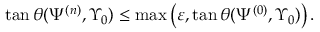
{ \tan \theta ( \Psi ^ { ( n ) } , \Upsilon _ { 0 } ) \leq \operatorname* { m a x } \left( \varepsilon , \tan \theta ( \Psi ^ { ( 0 ) } , \Upsilon _ { 0 } ) \right) . }